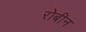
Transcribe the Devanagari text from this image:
रोबीन